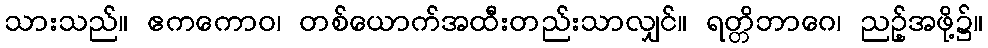
သားသည်။ ဧကကောဝ၊ တစ်ယောက်အထီးတည်းသာလျှင်။ ရတ္တိဘာဂေ၊ ညဉ့်အဖို့၌။